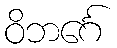
ဝိဘင်္ဂေ